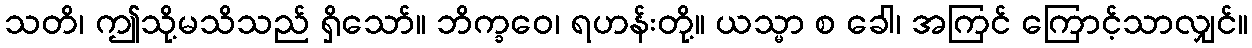
သတိ၊ ဤသို့မသိသည် ရှိသော်။ ဘိက္ခဝေ၊ ရဟန်းတို့။ ယသ္မာ စ ခေါ၊ အကြင် ကြောင့်သာလျှင်။